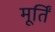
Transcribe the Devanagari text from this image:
मूर्तिं